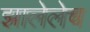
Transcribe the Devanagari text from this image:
झालेलेच